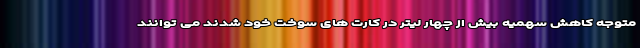
متوجه کاهش سهمیه بیش از چهار لیتر در کارت های سوخت خود شدند می توانند